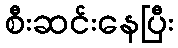
စီးဆင်းနေပြီး